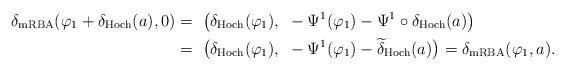
LaTeX: \begin{align*}\delta_\mathrm{mRBA} (\varphi_1 + \delta_\mathrm{Hoch} (a), 0) =~& \big( \delta_\mathrm{Hoch}(\varphi_1), ~- \Psi^1 (\varphi_1) - \Psi^1 \circ \delta_\mathrm{Hoch}(a) \big) \\=~& \big( \delta_\mathrm{Hoch}(\varphi_1), ~ - \Psi^1 (\varphi_1) - \widetilde{\delta}_\mathrm{Hoch} (a) \big) = \delta_\mathrm{mRBA} (\varphi_1, a).\end{align*}